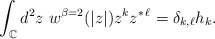
\begin{align*}\int_{\mathbb C} d^2z\ w^{\beta=2}(|z|) z^k z^{*\,\ell}=\delta_{k,\ell}h_k.\end{align*}